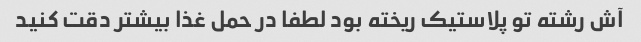
آش رشته تو پلاستیک ریخته بود لطفا در حمل غذا بیشتر دقت کنید